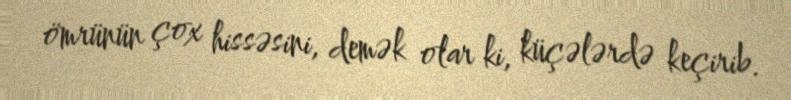
ömrünün çox hissəsini, demək olar ki, küçələrdə keçirib.